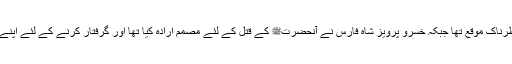
(5) پانچواں وہ نہایت خطرناک موقع تھا جبکہ خسرو پرویز شاہ فارس نے آنحضرتﷺ کے قتل کے لئے مصمم ارادہ کیا تھا اور گرفتار کرنے کے لئے اپنے سپاہی روانہ کئے تھے۔